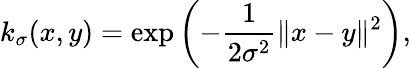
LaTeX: k_{\sigma}(x,y)=\exp\left(-\frac{1}{2\sigma^{2}}\| x-y\| ^{2}\right),